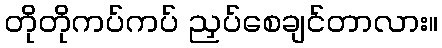
တိုတိုကပ်ကပ် ညှပ်စေချင်တာလား။